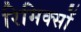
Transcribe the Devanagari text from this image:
रिमिक्सों